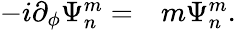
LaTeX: \begin{array}{rl}{-i\partial_{\phi}\Psi_{n}^{m}=}&{{}m\Psi_{n}^{m}.}\end{array}